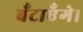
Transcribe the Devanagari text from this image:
बँटाएँगे।